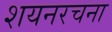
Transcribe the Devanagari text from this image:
शयनरचना